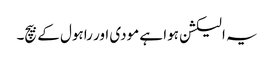
یہ الیکشن ہوا ہے مودی اور راہول کے بیچ۔